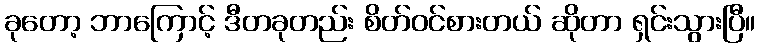
ခုတော့ ဘာကြောင့် ဒီတခုတည်း စိတ်ဝင်စားတယ် ဆိုတာ ရှင်းသွားပြီ။